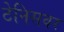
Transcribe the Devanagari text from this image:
टेनिसवर